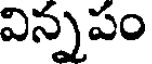
విన్నపం